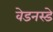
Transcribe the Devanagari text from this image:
वेडनस्डे